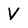
Character: V